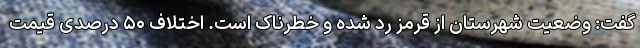
گفت: وضعیت شهرستان از قرمز رد شده و خطرناک است. اختلاف ۵۰ درصدی قیمت